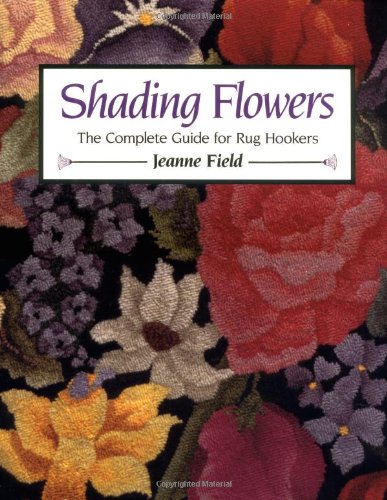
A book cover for Shading Flowers: The Complete Guide for Rug Hookers; Jeanne Field; Crafts, Hobbies & Home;